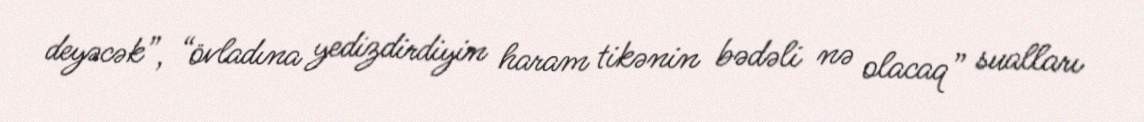
deyəcək”, “övladına yedizdirdiyin haram tikənin bədəli nə olacaq” sualları